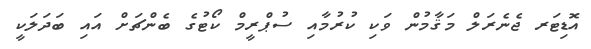
އޮޑިޓަރ ޖެނެރަލް މަޤާމުން ވަކި ކުރުމާއި ސުޕްރީމް ކޯޓުގެ ބެންޗަށް އައި ބަދަލަކީ